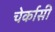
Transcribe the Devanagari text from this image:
चेर्कासी